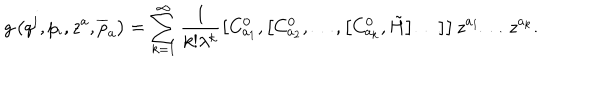
g \left( q ^ { i } , p _ { i } , z ^ { a } , \overline { { { p } } } _ { a } \right) = \sum _ { k = 1 } ^ { \infty } \frac 1 { k ! \lambda ^ { k } } \left[ C _ { a _ { 1 } } ^ { 0 } , \left[ C _ { a _ { 2 } } ^ { 0 } , \ldots , \left[ C _ { a _ { k } } ^ { 0 } , \tilde { H } \right] \ldots \right] \right] z ^ { a _ { 1 } } \ldots z ^ { a _ { k } } .